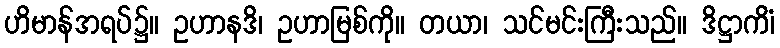
ဟိမာန်အရပ်၌။ ဥဟာနဒိ၊ ဥဟာမြစ်ကို။ တယာ၊ သင်မင်းကြီးသည်။ ဒိဋ္ဌာကိံ၊